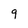
Character: 9